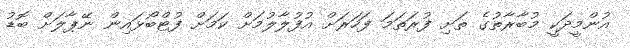
އުންމީދަކީ މުބާރާތުގެ ތަށި ފުރަތަމަ ފަހަރަށް އުފުލާލުމަށް ކަމަށް ފުޓްބޯޅައިން ނޭޕާލަށް ބޮޑު